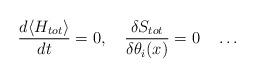
LaTeX: \begin{align*}\frac{d \langle H_{tot}\rangle}{dt} = 0, ~~~\frac{\delta S_{tot}}{\delta\theta_i(x)} = 0 ~~~\ldots\end{align*}